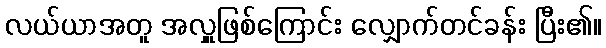
လယ်ယာအတူ အလှူဖြစ်ကြောင်း လျှောက်တင်ခန်း ပြီး၏။